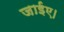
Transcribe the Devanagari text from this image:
जाईए।